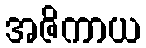
အဇိကာယ